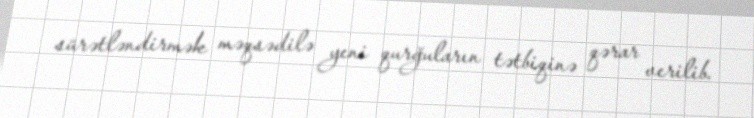
sürətləndirmək məqsədilə yeni qurğuların tətbiqinə qərar verilib.